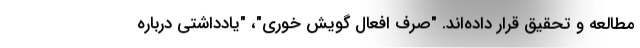
مطالعه و تحقیق قرار داده‌اند. "صرف افعال گویش خوری"، "یادداشتی درباره